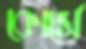
কোর্সে